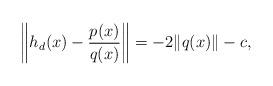
LaTeX: \begin{align*} \left\|h_d(x) - \frac{p(x)}{q(x)}\right\| = -2\|q(x)\| -c,\end{align*}